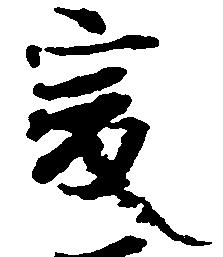
爰